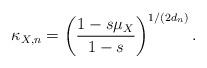
LaTeX: \begin{align*} \kappa_{X,n} = \left( \frac{1-s\mu_X}{1-s} \right)^{1/(2d_n)}.\end{align*}